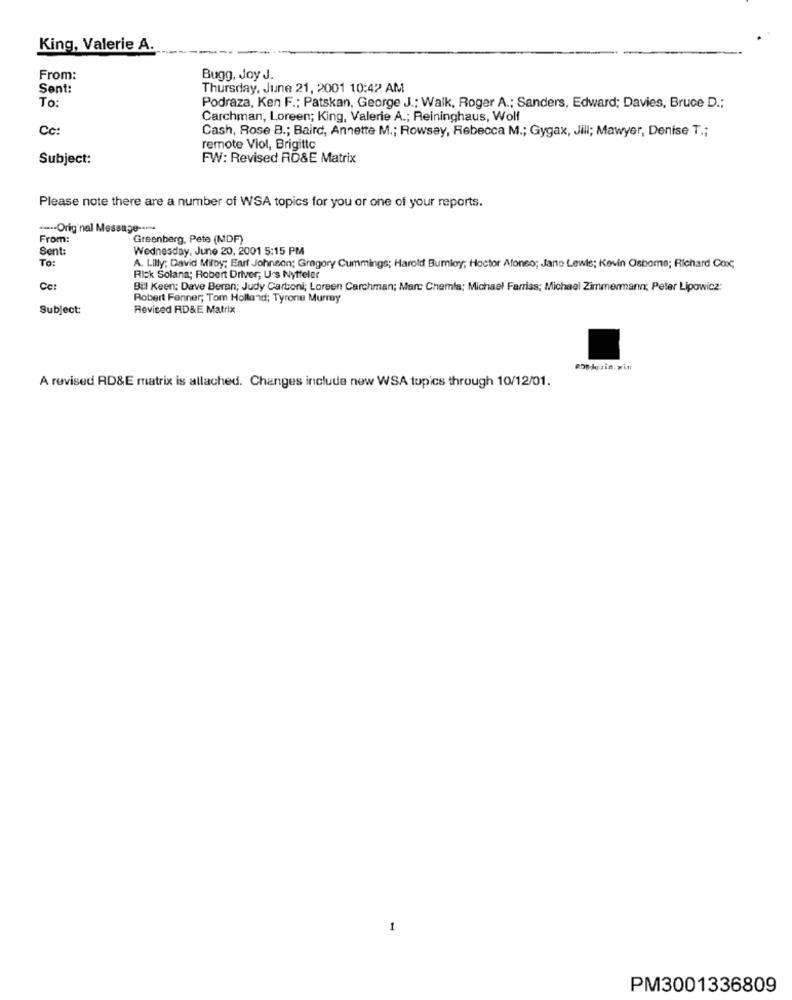
King, Valerie A.
From:
Bugg, Joy J.
Sent:
Thursday, June 21, 2001 10:42 AM
To:
Podraza, Ken F .; Patskan, George J .; Walk, Roger A .; Sanders, Edward; Davies, Bruce D .;
Carchman, Loreen; King, Valerie A .; Reininghaus, Wolf
Cc:
Cash, Rose B .; Baird, Annette M .; Rowsey, Rebecca M .; Gygax, Jill; Mawyer, Denise T .;
remote Viol, Brigitte
Subject:
FW: Revised RD&E Matrix
Please note there are a number of WSA topics for you or one of your reports.
....- Original Message -----
From:
Greenberg, Pete (MDF)
Sent:
Wednesday, June 20, 2001 5:15 PM
To:
A. Lilly; David Milby; Earf Johnson; Gregory Cummings; Harold Bumloy; Hector Afonso; Jano Lewis; Kevin Osbome; Richard Cox,
Rick Solana; Robert Driver; U's Nytfeler
Cc:
Bill Keen; Dave Beran; Judy Carboni; Loreen Carchman; Marc Chemla; Michael Farriss; Michael Zimmermann; Peter Lipowicz:
Robert Fenner; Tom Holland; Tyrone Murray
Subject:
Revised RD&E Matrix
A revised RD&E matrix is allached. Changes include new WSA topics through 10/12/01.
1
PM3001336809